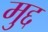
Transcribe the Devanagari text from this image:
मुद्द